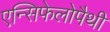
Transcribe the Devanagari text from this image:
एन्सिफेलोपैथी